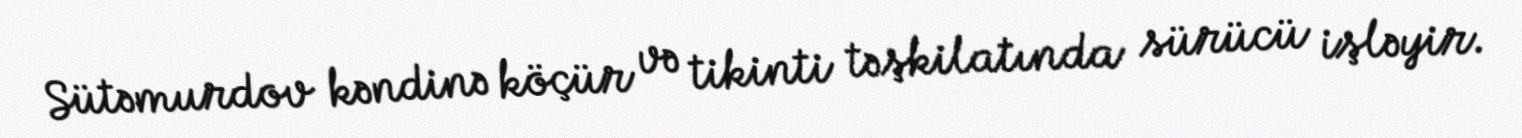
Sütəmurdov kəndinə köçür və tikinti təşkilatında sürücü işləyir.